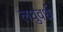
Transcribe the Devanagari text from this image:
लघुवर्ध